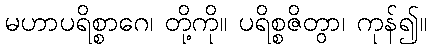
မဟာပရိစ္စာဂေ၊ တို့ကို။ ပရိစ္စဇိတွာ၊ ကုန်၍။